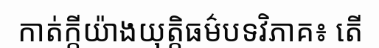
កាត់ក្តីយ៉ាងយុត្តិធម៌បទវិភាគ៖ តើ